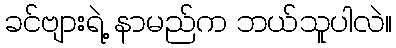
ခင်ဗျားရဲ့ နာမည်က ဘယ်သူပါလဲ။